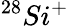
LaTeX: ^{28}Si^{+}